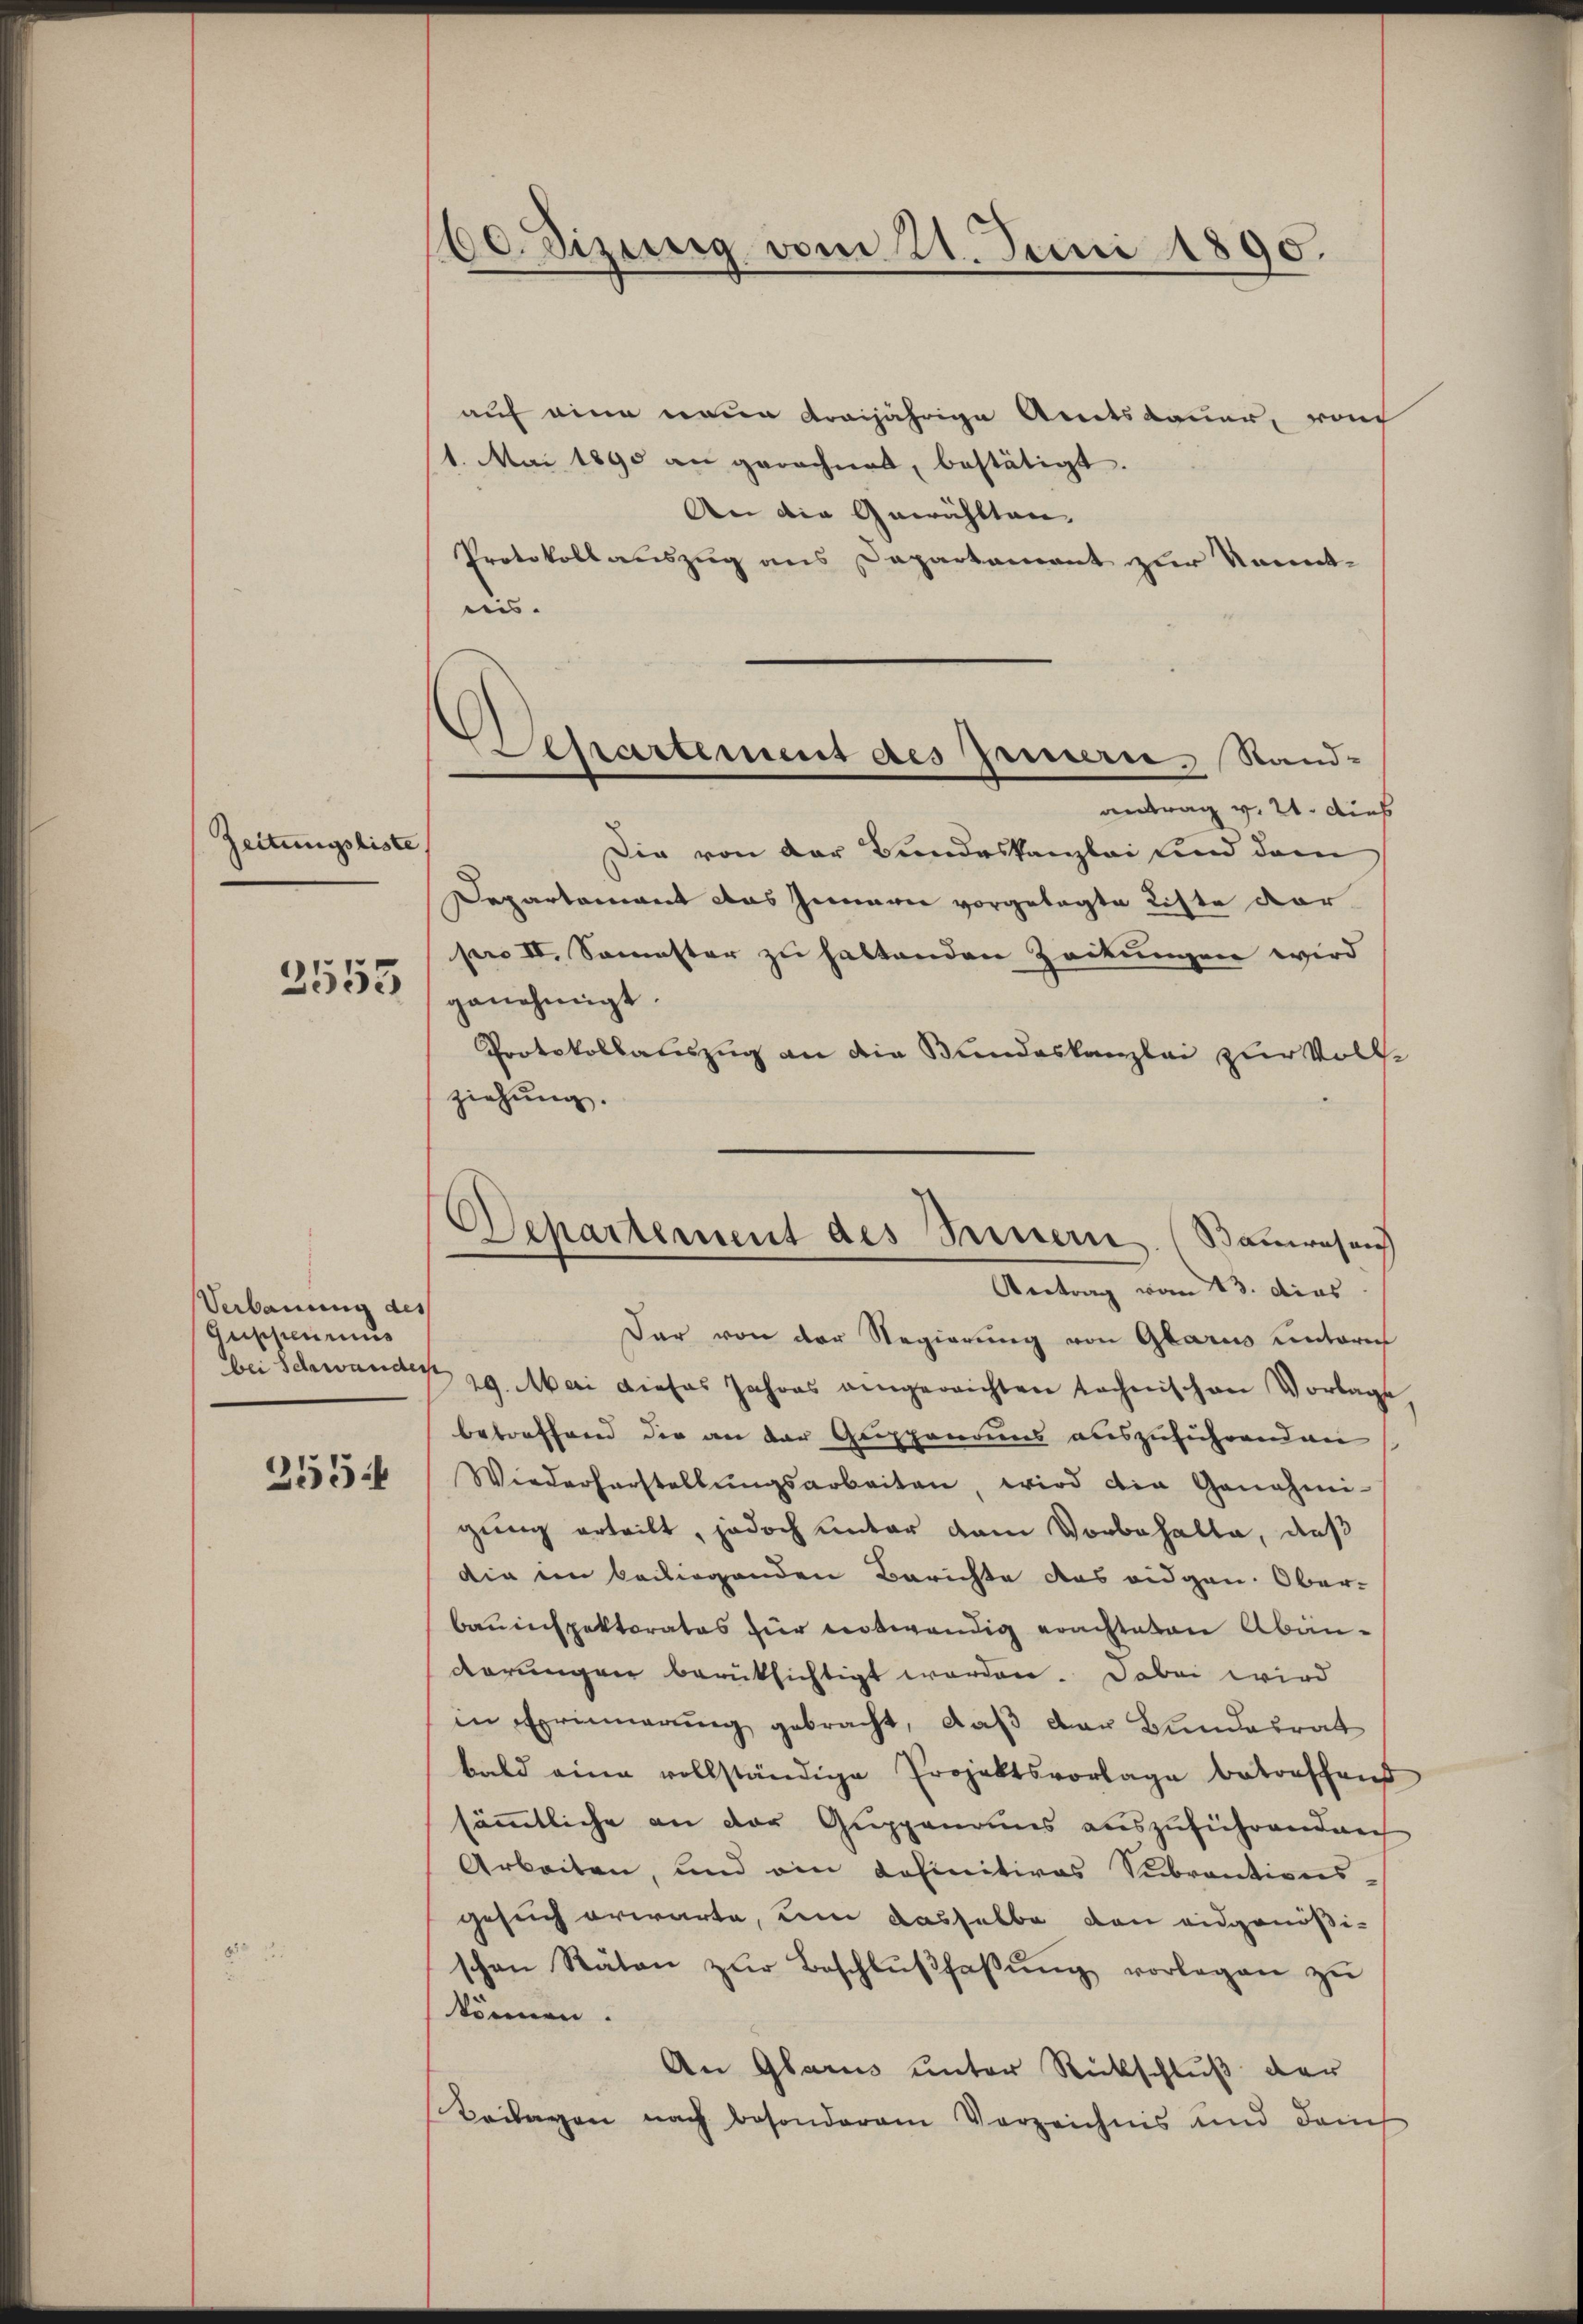
Zeitungsliste
2553

Verbauung des
Guppeurinis
bei Schwander

255.

60 dizung vom 21. Juni 1890.

Departement des Innern, Stand-
antrag v. 21. dies

auf eine einen dreijährige Amtsdauer, von
1. Mai 1890 an gerechnet, bestätigt.
An die Gewählten.
Protokollauszug aus Departement zur Kennt-
eis. |
Die von der Bundeskanzlei und dem
Departamant das Gemari vorgelegte Liste dor
per IV. Semester zu haltenden Zeitungen wird
genehmigt.
Protokollauszug an die Sandeskanzlei zur Volke
ziehung.
Dar von der Regierung von Glarus unterm
29. Mai dieses Jahres angereichten technischen Vorlage
betreffend die an der Guppenaus auszuführenden
Wiederherstellŭngsarbeiten wird die Genehmi-
gung erteilt, jedoch unter dem Vorbehalte, daß
die den beiliegenden Berichte das eidgen. Ober-
Bauinspektorates zur notwendig erachteten Abänderungen berüksichtigt worden. Dabei wird
in Erinnerung gebracht, daß der Bundesrat
bald eine vollständige Projektsvorlage betreffend
sämmtliche an der Guppenannes auszuführenden
Arbeiten, und ein Definitives Subventionsgesuch erwarte, um dasselbe den eidgenößischen Räten zŭr Beschlŭβfaβŭng vorlegen zŭ
können.
An Glarus unter Rückschluß der
Beilagen nach besonderem Verzeichnis und danch

Departement des Seinern. (Bauwesen
Antrag vom 13. das